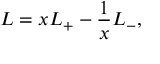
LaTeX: L = x L _ { + } - \frac { 1 } { x } L _ { - } ,